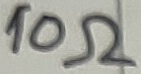
Text: 10Ω